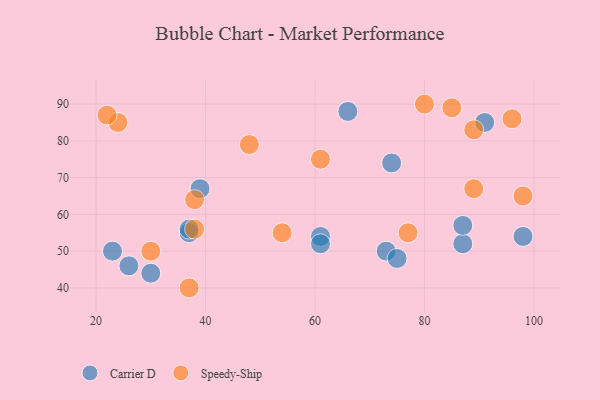
{"axis": {"x": "GDP", "y": "Life Expectancy"}, "legend": ["Carrier D", "Speedy-Ship"], "data": [{"x": "37", "y": 55, "type": "Carrier D"}, {"x": "66", "y": 88, "type": "Carrier D"}, {"x": "98", "y": 54, "type": "Carrier D"}, {"x": "74", "y": 74, "type": "Carrier D"}, {"x": "87", "y": 52, "type": "Carrier D"}, {"x": "61", "y": 54, "type": "Carrier D"}, {"x": "39", "y": 67, "type": "Carrier D"}, {"x": "30", "y": 44, "type": "Carrier D"}, {"x": "37", "y": 56, "type": "Carrier D"}, {"x": "26", "y": 46, "type": "Carrier D"}, {"x": "23", "y": 50, "type": "Carrier D"}, {"x": "87", "y": 57, "type": "Carrier D"}, {"x": "61", "y": 52, "type": "Carrier D"}, {"x": "73", "y": 50, "type": "Carrier D"}, {"x": "75", "y": 48, "type": "Carrier D"}, {"x": "91", "y": 85, "type": "Carrier D"}, {"x": "24", "y": 85, "type": "Speedy-Ship"}, {"x": "85", "y": 89, "type": "Speedy-Ship"}, {"x": "80", "y": 90, "type": "Speedy-Ship"}, {"x": "89", "y": 67, "type": "Speedy-Ship"}, {"x": "89", "y": 83, "type": "Speedy-Ship"}, {"x": "77", "y": 55, "type": "Speedy-Ship"}, {"x": "22", "y": 87, "type": "Speedy-Ship"}, {"x": "54", "y": 55, "type": "Speedy-Ship"}, {"x": "38", "y": 64, "type": "Speedy-Ship"}, {"x": "48", "y": 79, "type": "Speedy-Ship"}, {"x": "98", "y": 65, "type": "Speedy-Ship"}, {"x": "96", "y": 86, "type": "Speedy-Ship"}, {"x": "38", "y": 56, "type": "Speedy-Ship"}, {"x": "30", "y": 50, "type": "Speedy-Ship"}, {"x": "61", "y": 75, "type": "Speedy-Ship"}, {"x": "37", "y": 40, "type": "Speedy-Ship"}]}